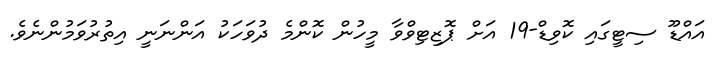
އައްޑޫ ސިޓީގައި ކޮވިޑް-19 އަށް ޕޮޒިޓިވްވާ މީހުން ކޮންމެ ދުވަހަކު އަންނަނީ އިތުރުވަމުންނެވެ.